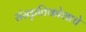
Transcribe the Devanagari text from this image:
संस्कृतिकोशाचे